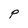
Character: P